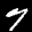
Label: 7